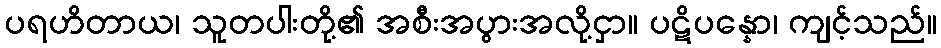
ပရဟိတာယ၊ သူတပါးတို့၏ အစီးအပွားအလို့ငှာ။ ပဋိပန္နော၊ ကျင့်သည်။